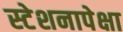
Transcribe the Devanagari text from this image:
स्टेशनापेक्षा